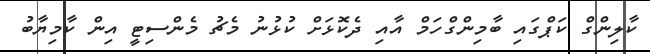
ކާލިންގް ކަޕްގައި ބާމިންގްހަމް އާއި ދެކޮޅަށް ކުޅުނު މެޗު މެންސިޓީ އިން ކާމިޔާބު